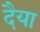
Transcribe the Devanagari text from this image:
दैया